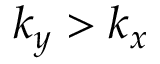
k _ { y } > k _ { x }